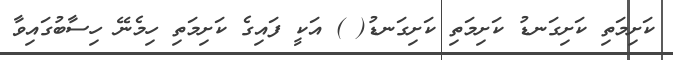
ކަށިމަތި ކަށިގަނޑު ކަށިމަތި ކަށިގަނޑު( ) އަކީ ފައިގެ ކަށިމަތި ހިމެނޭ ހިސާބުގައިވާ